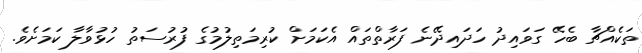
ތަކެއްޗާ ބެހޭ ގަވައިދު ހަދައިދޭނެ ފަރާތްތައް އެކަމަށް ކުރިމަތިލުމުގެ ފުރުސަތު ހުޅުވާލާ ކަމަށެވެ.